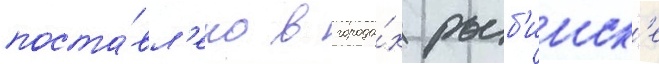
поста́вл'ено в города́х рыб'инск'е